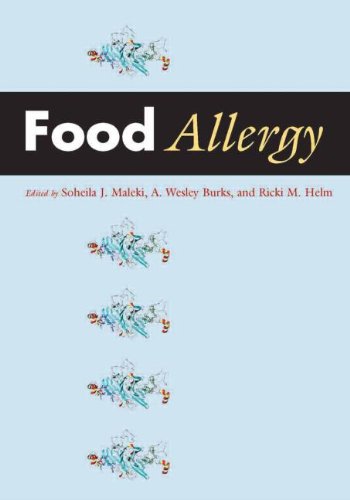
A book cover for Food Allergy; Health, Fitness & Dieting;